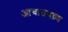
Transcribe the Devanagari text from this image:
आघातवध्र्य